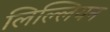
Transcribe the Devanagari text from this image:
लिल्लियन